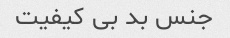
جنس بد بی کیفیت